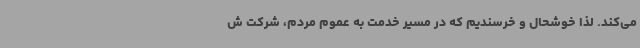
می‌کند. لذا خوشحال و خرسندیم که در مسیر خدمت به عموم مردم، شرکت ش